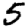
Digit: 5